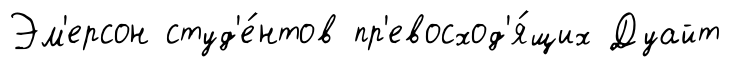
Эм'ерсон студ'е́нтов пр'евосход'я́щих Дуайт